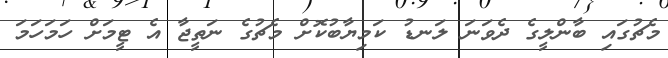
މެޗުގައި ބާންލީގެ ދެވަނަ ލަނޑު ކަމިޔާބުކޮށް މެޗުގެ ނަތީޖާ އެ ޓީމަށް ހަމަހަމަ